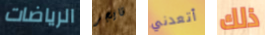
الرياضات تايجر أتعدني ذلك